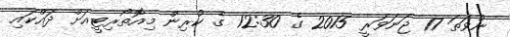
ނުވަތަ 17 ޖަނަވަރީ 2015 ގެ 12:30 ގެ ކުރިން މިއޮތޯރިޓީއަށް ދައްކައި